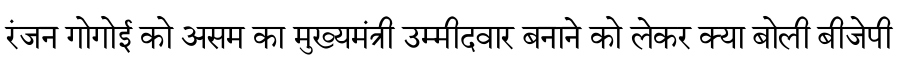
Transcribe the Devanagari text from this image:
रंजन गोगोई को असम का मुख्यमंत्री उम्मीदवार बनाने को लेकर क्या बोली बीजेपी